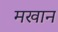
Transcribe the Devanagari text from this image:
मखान